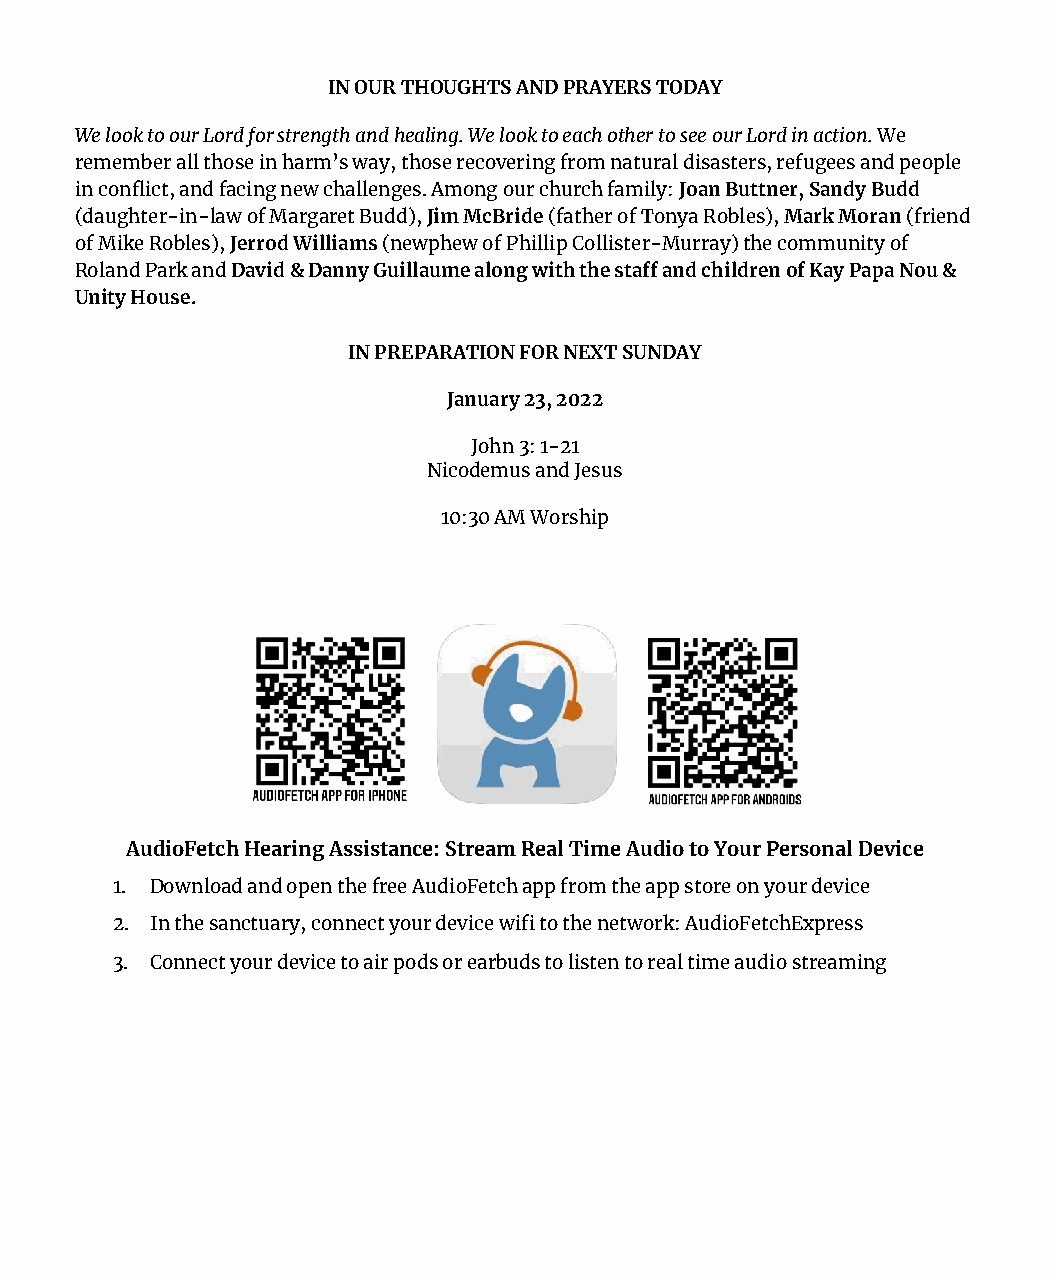
IN OUR THOUGHTS AND PRAYERS TODAY
 We look to our Lord for strength and healing. We look to each other to see our Lord in action. We
 remember all those in harm’s way, those recovering from natural disasters, refugees and people
 in conflict, and facing new challenges. Among our church family: Joan Buttner, Sandy Budd
 (daughter-in-law of Margaret Budd), Jim McBride (father of Tonya Robles), Mark Moran (friend
 of Mike Robles), Jerrod Williams (newphew of Phillip Collister-Murray) the community of
 Roland Park and David & Danny Guillaume along with the staff and children of Kay Papa Nou &
 Unity House.
 IN PREPARATION FOR NEXT SUNDAY
 January 23, 2022
 John 3: 1-21
 Nicodemus and Jesus
 10:30 AM Worship
 AudioFetch Hearing Assistance: Stream Real Time Audio to Your Personal Device
 1. Download and open the free AudioFetch app from the app store on your device
 2. In the sanctuary, connect your device wifi to the network: AudioFetchExpress
 3. Connect your device to air pods or earbuds to listen to real time audio streaming